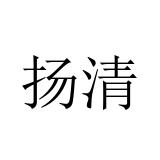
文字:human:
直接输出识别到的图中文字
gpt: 扬清